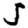
Digit: 5